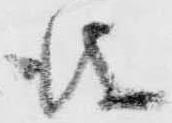
儀